Report of the Bombay Plague Committee
Disease focus: Plague
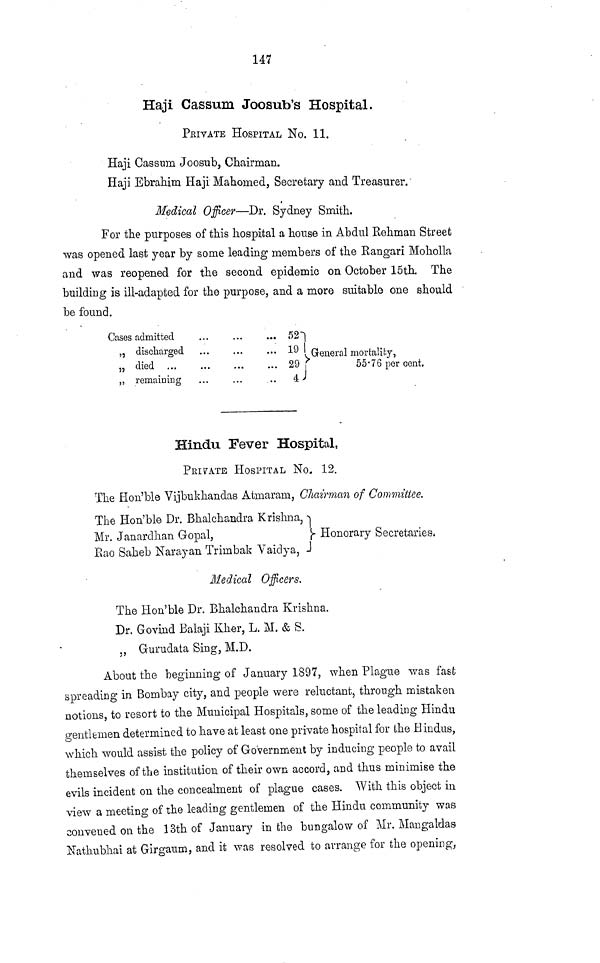
147
Haji Cassum Joosub's Hospital,
PEIVATE HOSPITAL No. 11.
Haji Cassum Joosub, Chairman.
Haji Ebrahim Haji Mahomed, Secretary and Treasurer.
Medical Officer—Dr. Sydney Smith.
For the purposes of this hospital a house in Abdul Rehman Street
was opened last year by some leading members of the Rangari Moholla
and was reopened for the second epidemic on October 15th. The
building is ill-adapted for the purpose, and a more suitable one should
be found.
Cases admitted
„ discharged
„ died ...
„ remaining
...
...
...
...
...
...
... 52
... 19
29
,.
4
.General mortality,
i
55' 76 per cent.
i
l
Hindu Fever Hospital,
PRIVATE HOSPITAL No. 12.
The Hon'ble Vijbukhandas Atmaram, Chairman of Commutée.
The Hon'ble Dr. Bhalchandra Krishna,
Mr. Janardhan Gopal,
Honorary Secretaries,
Rao Saheb Narayan Trimbak Vaidya,
Medical
Officers.
The Hon'ble Dr. Bhalchandra Krishna.
Dr. Govind Balaji Kher, L. M. & S.
„ Gurudata Sing, M.D.
About the beginning of January 1897, when Plague was fast
spreading in Bombay city, and people were reluctant, through mistaken
notions, to resort to the Municipal Hospitals, some of the leading Hindu
gentlemen determined to have at least one private hospital for the Hindus,
which would assist the policy of Government by inducing people to avail
themselves of the institution of their own accord, and thus minimise the
evils incident on the concealment of plague cases. With this object in
view a meeting of the leading gentlemen of the Hindu community was
convened on the 13th of January in the bungalow of Mr. Mangaldas
Nathubhai at Girgaum, and it was resolved to arrange for the opening,